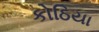
કોઠિયા